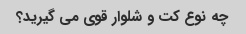
چه نوع کت و شلوار قوی می گیرید؟